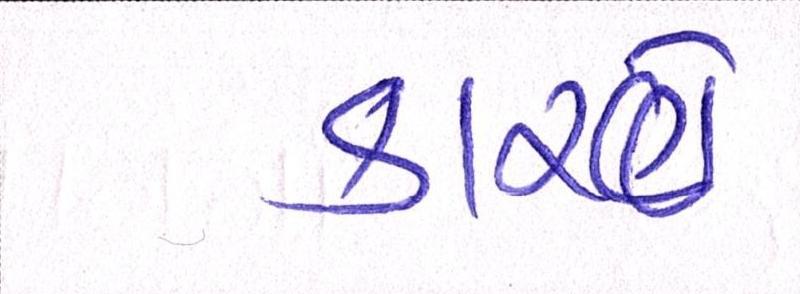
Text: કારણે